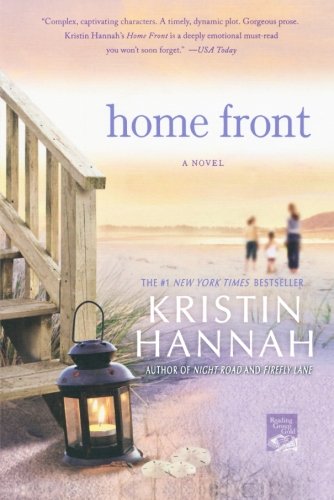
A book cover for Home Front: A Novel; Kristin Hannah; Literature & Fiction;